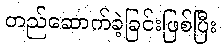
တည်ဆောက်ခဲ့ခြင်းဖြစ်ပြီး